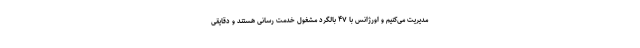
مدیریت می‌کنیم و اورژانس با ۴۷ بالگرد مشغول خدمت رسانی هستند و دقایقی